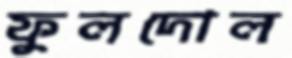
ফুলদোল